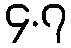
၄.၇